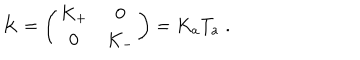
K = \left( \begin{array} { c c } { { K _ { + } } } & { { 0 } } \\ { { 0 } } & { { K _ { - } } } \\ \end{array} \right) = K _ { a } T _ { a } \; .